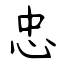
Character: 忠